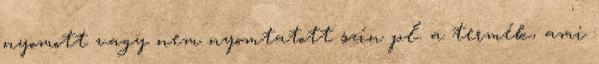
nyomott vagy nem nyomtatott szín pl. a termék, ami